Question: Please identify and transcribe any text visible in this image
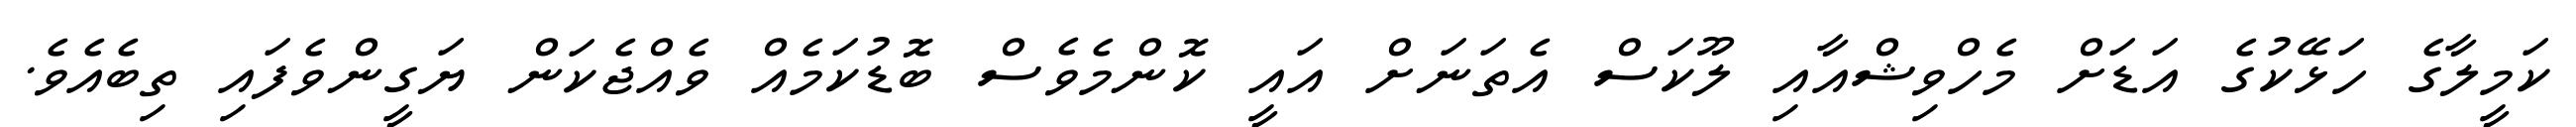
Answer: ކަމީލާގެ ހަޅޭކުގެ އަޑަށް މެހްވިޝްއާއި ލޫކަސް އެތަނަށް އައީ ކޮންމެވެސް ބޮޑުކަމެއް ވެއްޖެކަން ޔަގީންވެފައި ތިބެއެވެ.